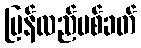
ပြန်လည်ပစ်ခတ်